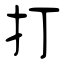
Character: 打